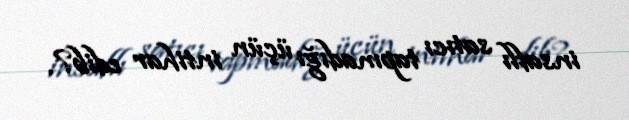
insaflı satıcı tapmadığı üçün intihar edib?.